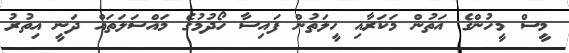
މީސް މީހުންގެ އަތުން މަކަރާއި ހީލަތުން ފައިސާ ހޯދުމުގެ މައްސަލަތައް ދަނީ އިތުރު